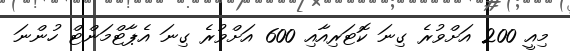
މިއީ 200 އަށްވުރެ ގިނަ ކޮޓަރިއާއި 600 އަށްވުރެ ގިނަ އެޕާޓްމަންޓް ހުންނަ